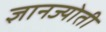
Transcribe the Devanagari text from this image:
ज्ञानज्योती